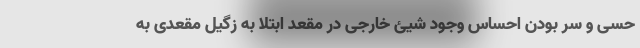
حسی و سر بودن احساس وجود شیئ خارجی در مقعد ابتلا به زگیل مقعدی به